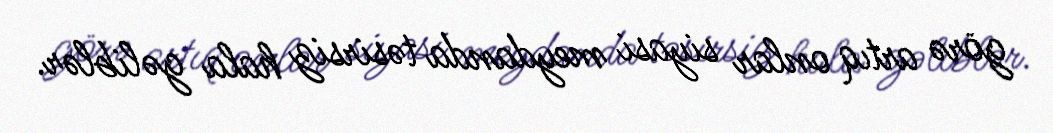
görə artıq onlar siyasi meydanda təsirsiz hala gəliblər.